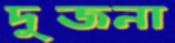
দুজনা